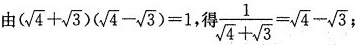
由 $$(\sqrt{4}+ \sqrt{3})(\sqrt{4}- \sqrt{3})=1$$，得 $$\frac{1}{\sqrt{4}+ \sqrt{3}}= \sqrt{4}- \sqrt{3}$$;